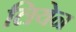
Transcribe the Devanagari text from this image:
लियेन